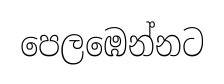
පෙලඹෙන්නට